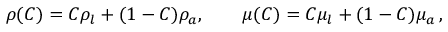
\rho ( C ) = C \rho _ { l } + ( 1 - C ) \rho _ { a } , \quad \quad \mu ( C ) = C \mu _ { l } + ( 1 - C ) \mu _ { a } \, ,